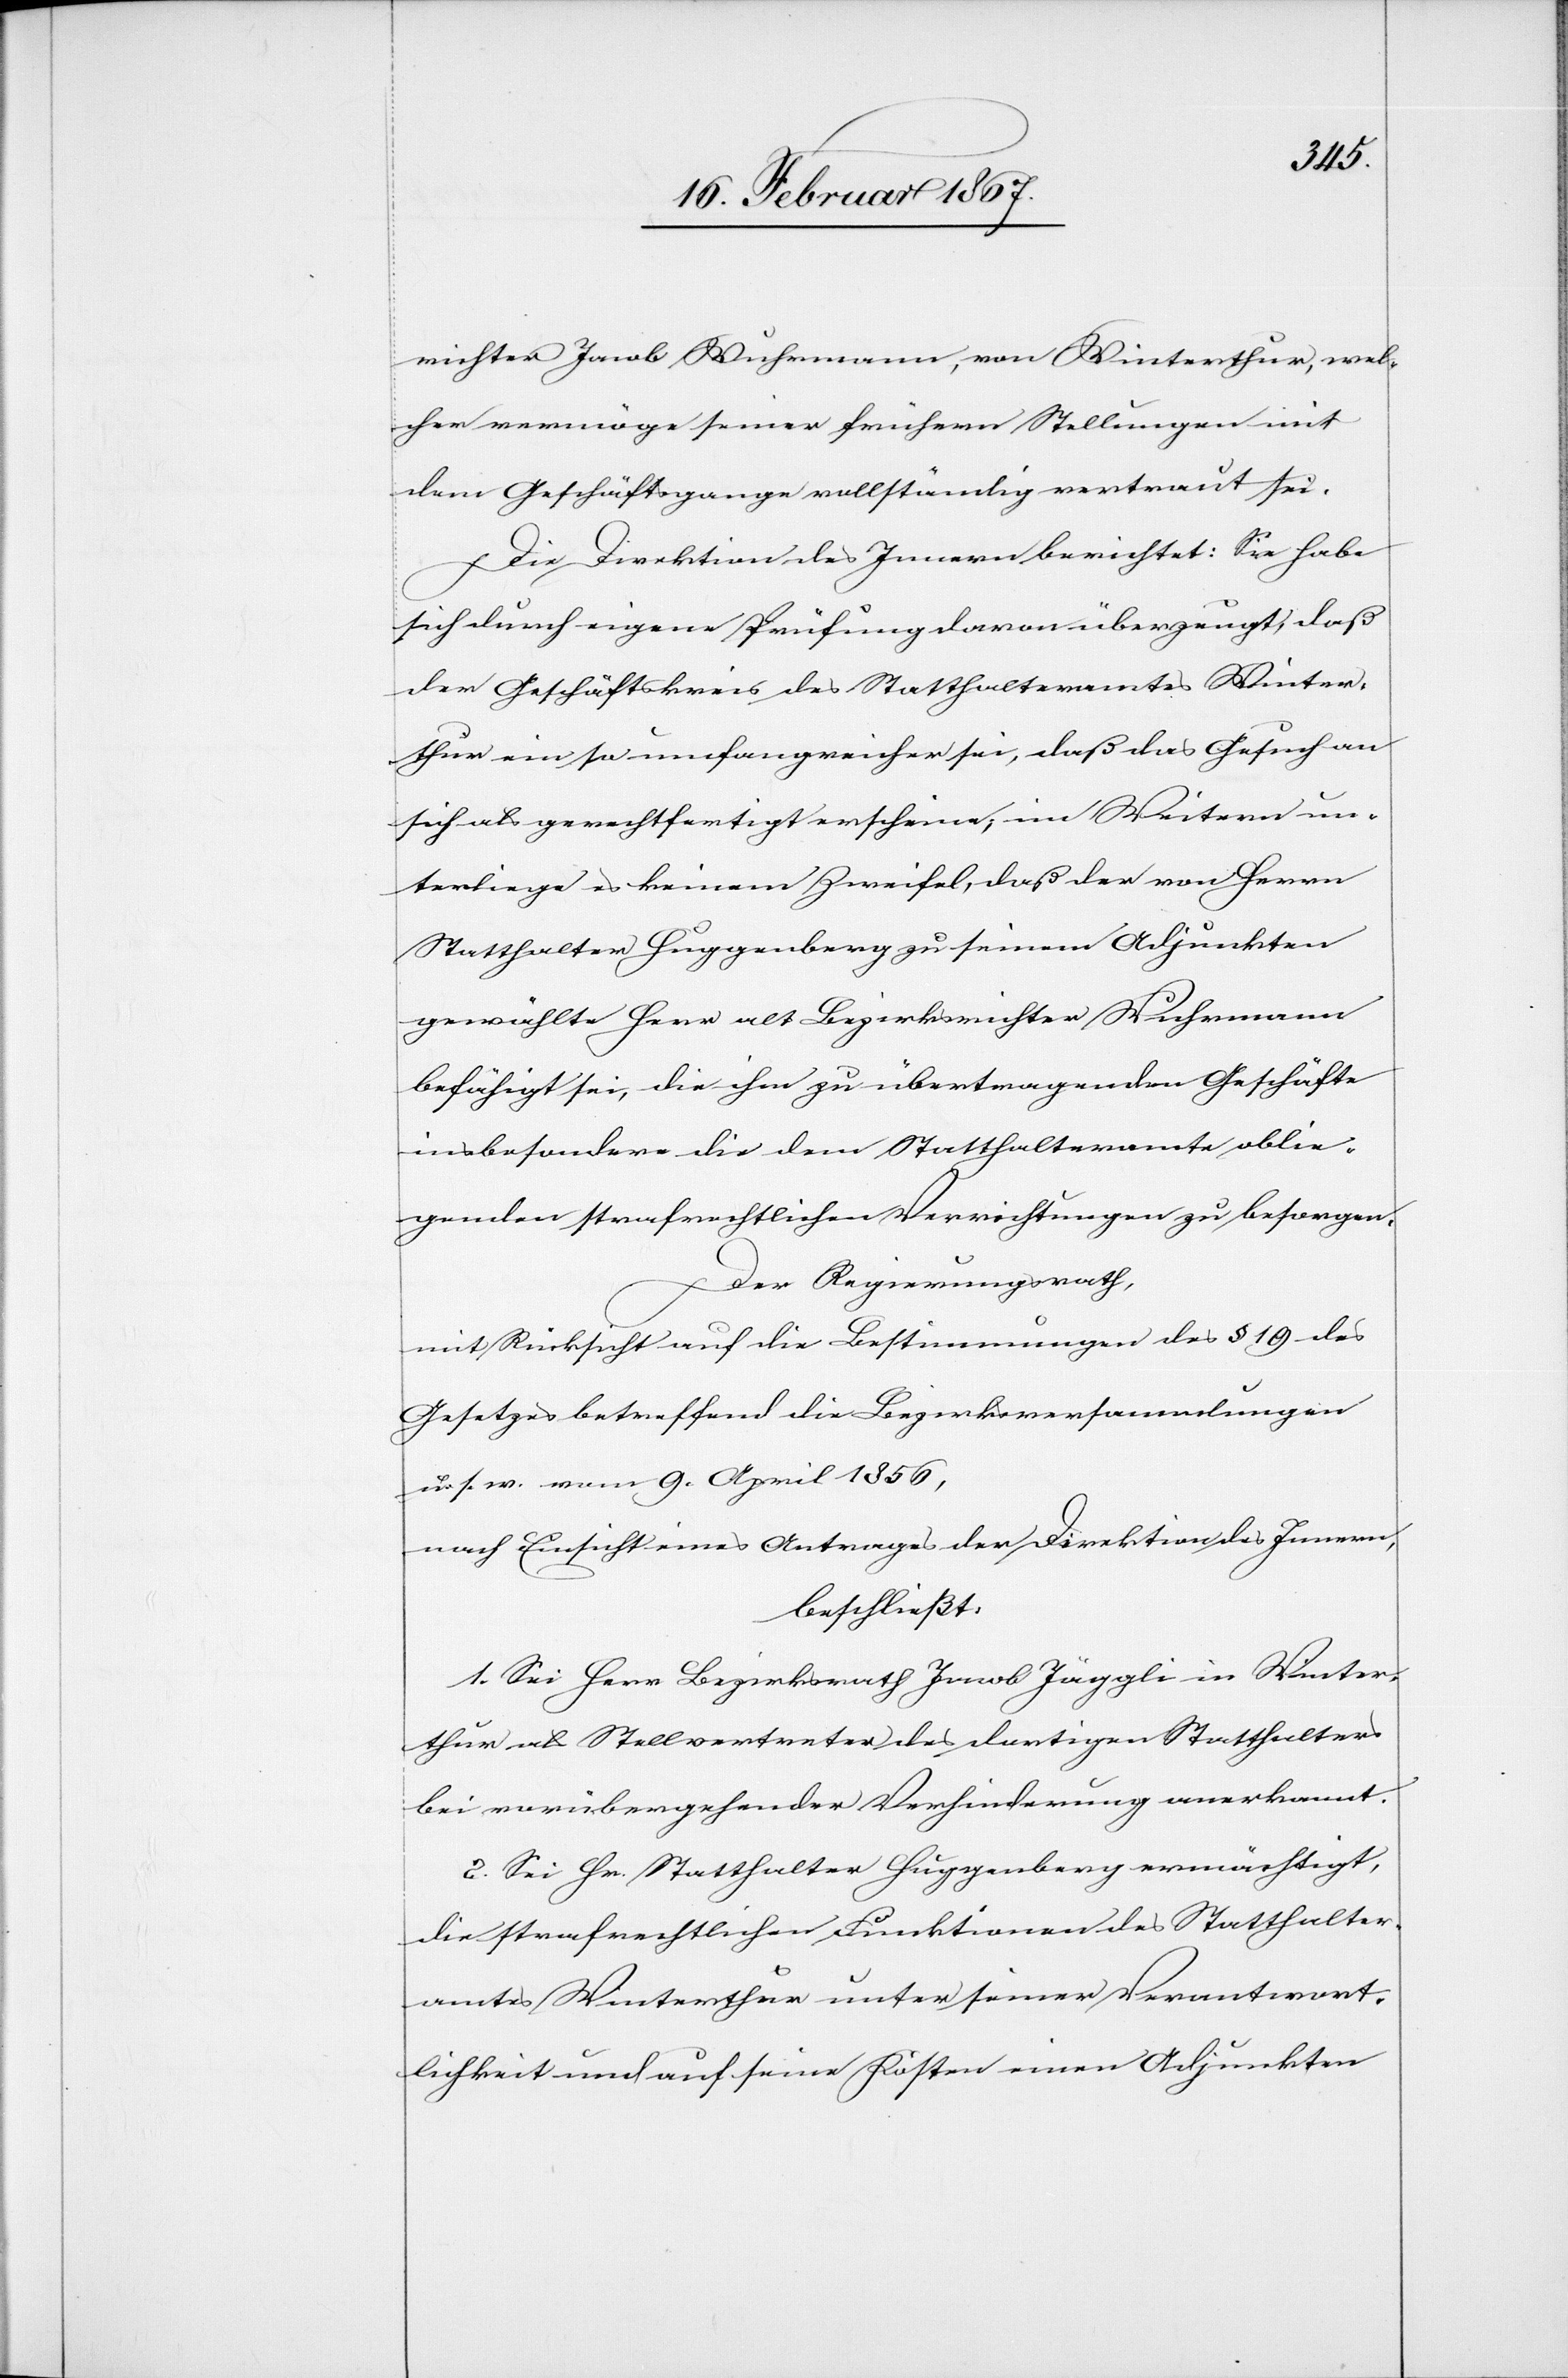
richter Jacob Wuhrmann, von Winterthur, wel¬
cher vermöge seiner frühern Stellungen mit
dem Geschäftsgange vollständig vertraut sei.
Die Direktion des Innern berichtet: Sie habe
sich durch eigene Prüfung davon überzeugt, daß
der Geschäftskreis des Statthalteramtes Winter¬
thur ein so umfangreicher sei, daß das Gesuch an
sich als gerechtfertigt erscheine, im Weitern un¬
terliege es keinem Zweifel, daß der von Herrn
Statthalter Huggenberg zu seinem Adjunkten
gewählte Herr alt Bezirksrichter Wuhrmann
befähigt sei, die ihm zu übertragenden Geschäfte
insbesondere die dem Statthalteramte oblie¬
genden strafrechtlichen Verrichtungen zu besorgen.
Der Regierungsrath,
mit Rücksicht auf die Bestimmungen des § 19 des
Gesetzes betreffend die Bezirksversammlungen
u. s. w. vom 9. April 1856,
nach Einsicht eines Antrages der Direktion des Innern,
beschließt:
1. Sei Herr Bezirksrath Jacob Jäggli in Winter¬
thur als Stellvertreter des dortigen Statthalters
bei vorübergehender Verhinderung anerkannt.
2. Sei Hr. Statthalter Huggenberg ermächtigt,
die strafrechtlichen Funktionen des Statthalter¬
amtes Winterthur unter seiner Verantwort¬
lichkeit und auf seine Kosten einen [sic!] Adjunkten